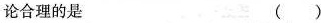
论合理的是（）